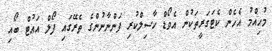
މުހިއްމު އެހެން ކެޓަގަރީތަކުން އެވޯޑް ހާސިލްކުރި ފަންނާނުންގެ ތެރޭގައި ފޯލް އައުޓް ބޯއި